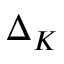
\Delta _ { K }